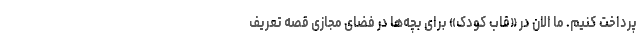
پرداخت کنیم. ما الان در «قاب کودک» برای بچه‌ها در فضای مجازی قصه تعریف